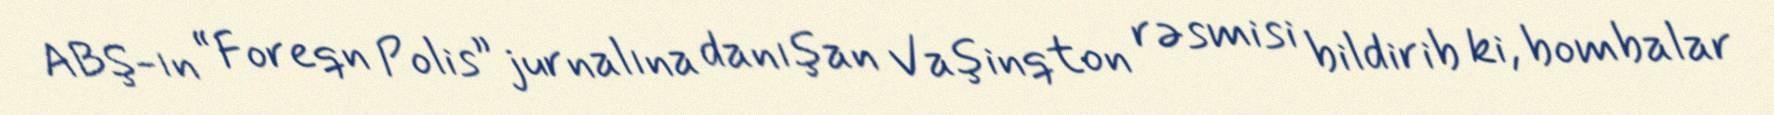
ABŞ-ın “Foreqn Polis” jurnalına danışan Vaşinqton rəsmisi bildirib ki, bombalar